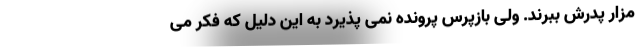
مزار پدرش ببرند. ولی بازپرس پرونده نمی پذیرد به این دلیل که فکر می